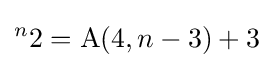
{}^{n}2=\operatorname {A} (4,n-3)+3